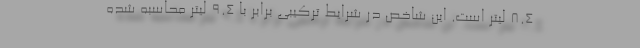
8.4 لیتر است. این شاخص در شرایط ترکیبی برابر با 9.4 لیتر محاسبه شده